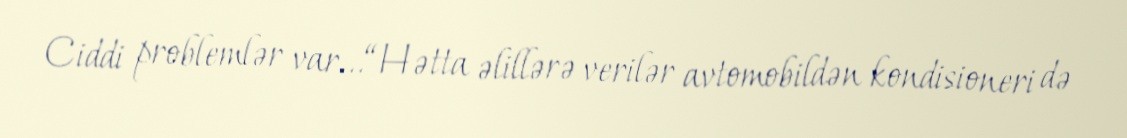
Ciddi problemlər var...“Hətta əlillərə verilər avtomobildən kondisioneri də